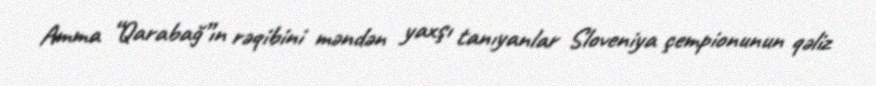
Amma “Qarabağ”ın rəqibini məndən yaxşı tanıyanlar Sloveniya çempionunun qəliz